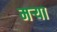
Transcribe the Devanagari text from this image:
मर्‍या